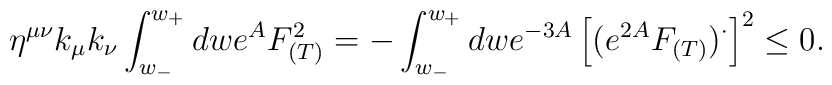
\eta^{\mu\nu}k_{\mu}k_{\nu}\int_{w_-}^{w_+}dwe^AF_{(T)}^2  = -\int_{w_-}^{w_+}dw  e^{-3A}\left[(e^{2A}F_{(T)})^{\cdot}\right]^2 \leq 0.